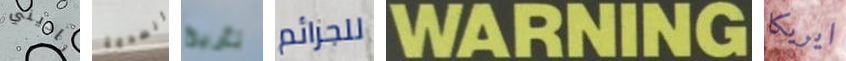
ناديني الصدمة تأريخ للجرائم WARNING ايريكا